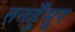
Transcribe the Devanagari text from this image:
तनहुँसुर